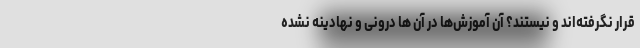
قرار نگرفته‌اند و نیستند؟ آن آموزش‌ها در آن ها درونی و نهادینه نشده